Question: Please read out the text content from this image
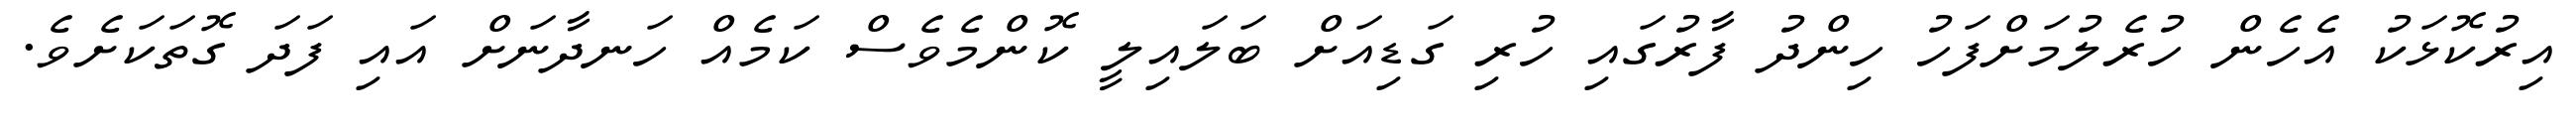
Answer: އިރުކޮޅަކު އެހެން ހުރެލުމަށްފަހު ހިންދު ފާރުގައި ހުރި ގަޑިއަށް ބަލައިލީ ކޮންމެވެސް ކަމެއް ހަނދާނަށް އައި ފަދަ ގޮތަކަށެވެ.